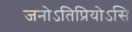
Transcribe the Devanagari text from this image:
जनोऽतिप्रियोऽसि